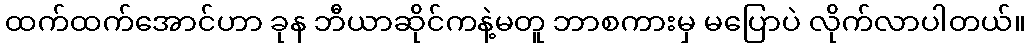
ထက်ထက်အောင်ဟာ ခုန ဘီယာဆိုင်ကနဲ့မတူ ဘာစကားမှ မပြောပဲ လိုက်လာပါတယ်။